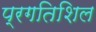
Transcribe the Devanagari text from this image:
प्रगतिशिल